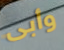
وأبى